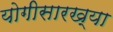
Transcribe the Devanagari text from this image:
योगीसारख्या